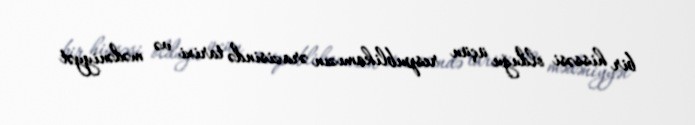
bir hissəsi olduğu üçün respublikamızın ərazisində tarixi və mədəniyyət